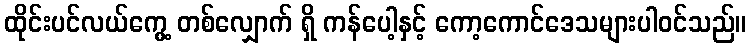
ထိုင်းပင်လယ်ကွေ့ တစ်လျှောက် ရှိ ကန်ပေါ့နှင့် ကော့ကောင်ဒေသများပါဝင်သည်။